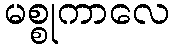
မစ္စုကာလေ